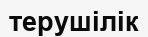
терушілік